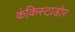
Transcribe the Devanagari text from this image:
कंकिस्टाडोर